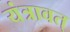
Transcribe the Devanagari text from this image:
यंत्रावत्